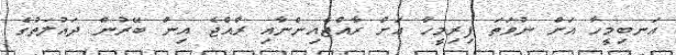
އަނބިމީހާ އަށް ނުވަތަ ފިރިމީހާ އަށް ރާއްޖެއިންނާއި ރާއްޖެ އިން ބޭރުން ދައުލަތުގެ